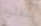
يفعلوه